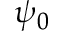
\psi _ { 0 }